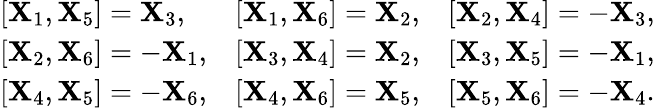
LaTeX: \begin{array}{lll}{[{\mathbf X}_{1},{\mathbf X}_{5}]={\mathbf X}_{3},}&{[{\mathbf X}_{1},{\mathbf X}_{6}]={\mathbf X}_{2},}&{[{\mathbf X}_{2},{\mathbf X}_{4}]=-{\mathbf X}_{3},}\\ {[{\mathbf X}_{2},{\mathbf X}_{6}]=-{\mathbf X}_{1},}&{[{\mathbf X}_{3},{\mathbf X}_{4}]={\mathbf X}_{2},}&{[{\mathbf X}_{3},{\mathbf X}_{5}]=-{\mathbf X}_{1},}\\ {[{\mathbf X}_{4},{\mathbf X}_{5}]=-{\mathbf X}_{6},}&{[{\mathbf X}_{4},{\mathbf X}_{6}]={\mathbf X}_{5},}&{[{\mathbf X}_{5},{\mathbf X}_{6}]=-{\mathbf X}_{4}.}\end{array}